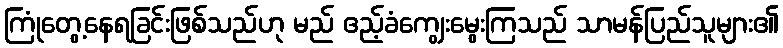
ကြုံတွေ့နေရခြင်းဖြစ်သည်ဟု မည် ဧည့်ခံကျွေးမွေးကြသည် သာမန်ပြည်သူများ၏